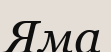
Яма